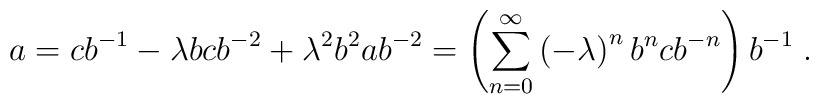
a=cb^{-1}-\lambda bcb^{-2}+\lambda^{2}b^{2}ab^{-2}=\left(  \sum_{n=0}^{\infty}\left(  -\lambda\right)  ^{n}b^{n}cb^{-n}\right)  b^{-1}\;.